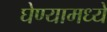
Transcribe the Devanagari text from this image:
घेण्यामध्ये